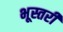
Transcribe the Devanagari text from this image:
भूस्तरी